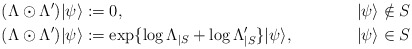
\begin{align*}(\Lambda\odot \Lambda')|\psi\rangle &:= 0,& |\psi\rangle \notin S\\(\Lambda\odot \Lambda')|\psi\rangle &:= \exp\{\log \Lambda_{|S} + \log \Lambda'_{|S}\}|\psi\rangle,& |\psi\rangle \in S\end{align*}